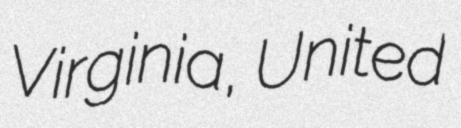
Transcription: Virginia, United